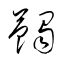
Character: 蠲